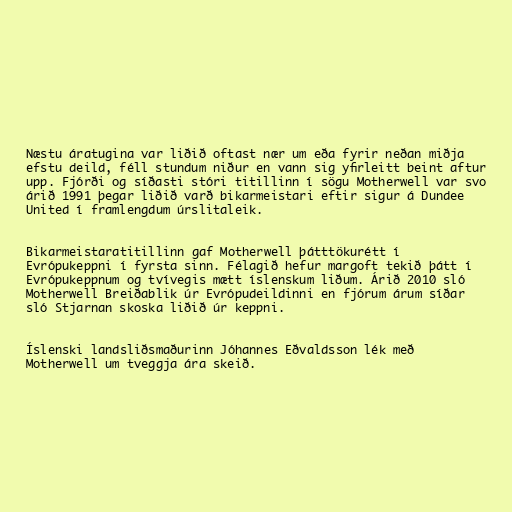
Næstu áratugina var liðið oftast nær um eða fyrir neðan miðja
efstu deild, féll stundum niður en vann sig yfirleitt beint aftur
upp. Fjórði og síðasti stóri titillinn í sögu Motherwell var svo
árið 1991 þegar liðið varð bikarmeistari eftir sigur á Dundee
United í framlengdum úrslitaleik.

Bikarmeistaratitillinn gaf Motherwell þátttökurétt í
Evrópukeppni í fyrsta sinn. Félagið hefur margoft tekið þátt í
Evrópukeppnum og tvívegis mætt íslenskum liðum. Árið 2010 sló
Motherwell Breiðablik úr Evrópudeildinni en fjórum árum síðar
sló Stjarnan skoska liðið úr keppni.

Íslenski landsliðsmaðurinn Jóhannes Eðvaldsson lék með
Motherwell um tveggja ára skeið.